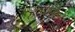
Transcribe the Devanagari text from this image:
हेल्थसैट